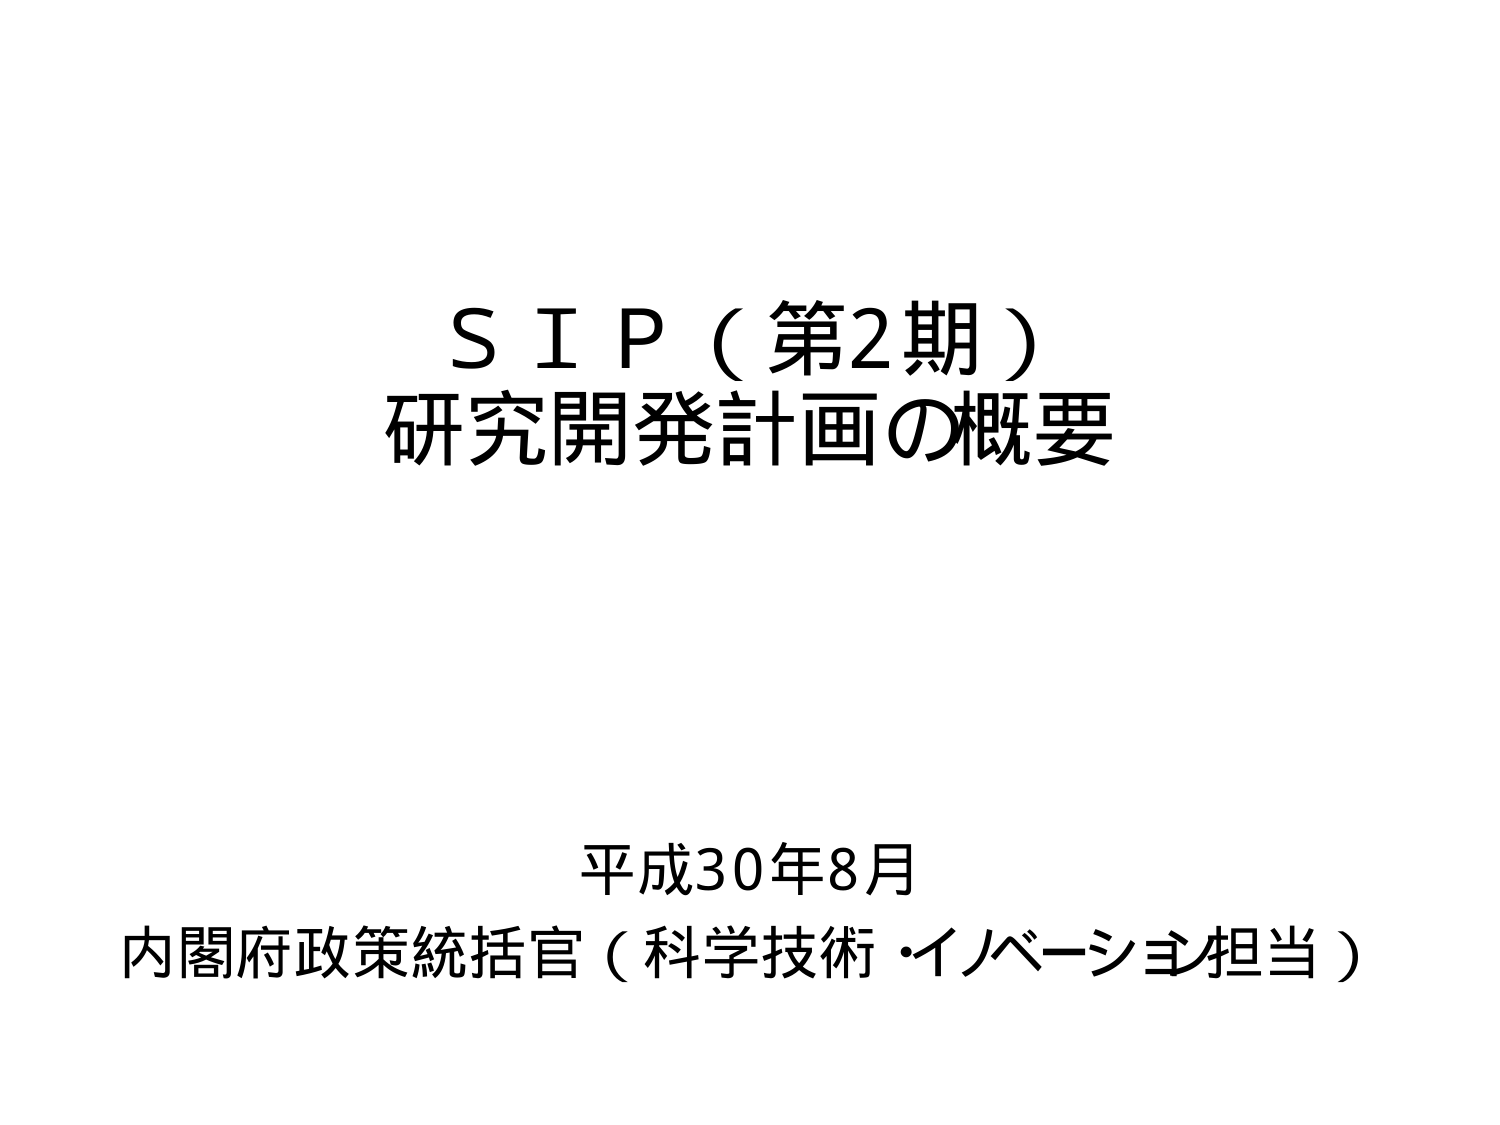
S I P（第2期）
研究開発計画の概要

平成30年8月
内閣府政策統括官（科学技術・イノベーション担当）